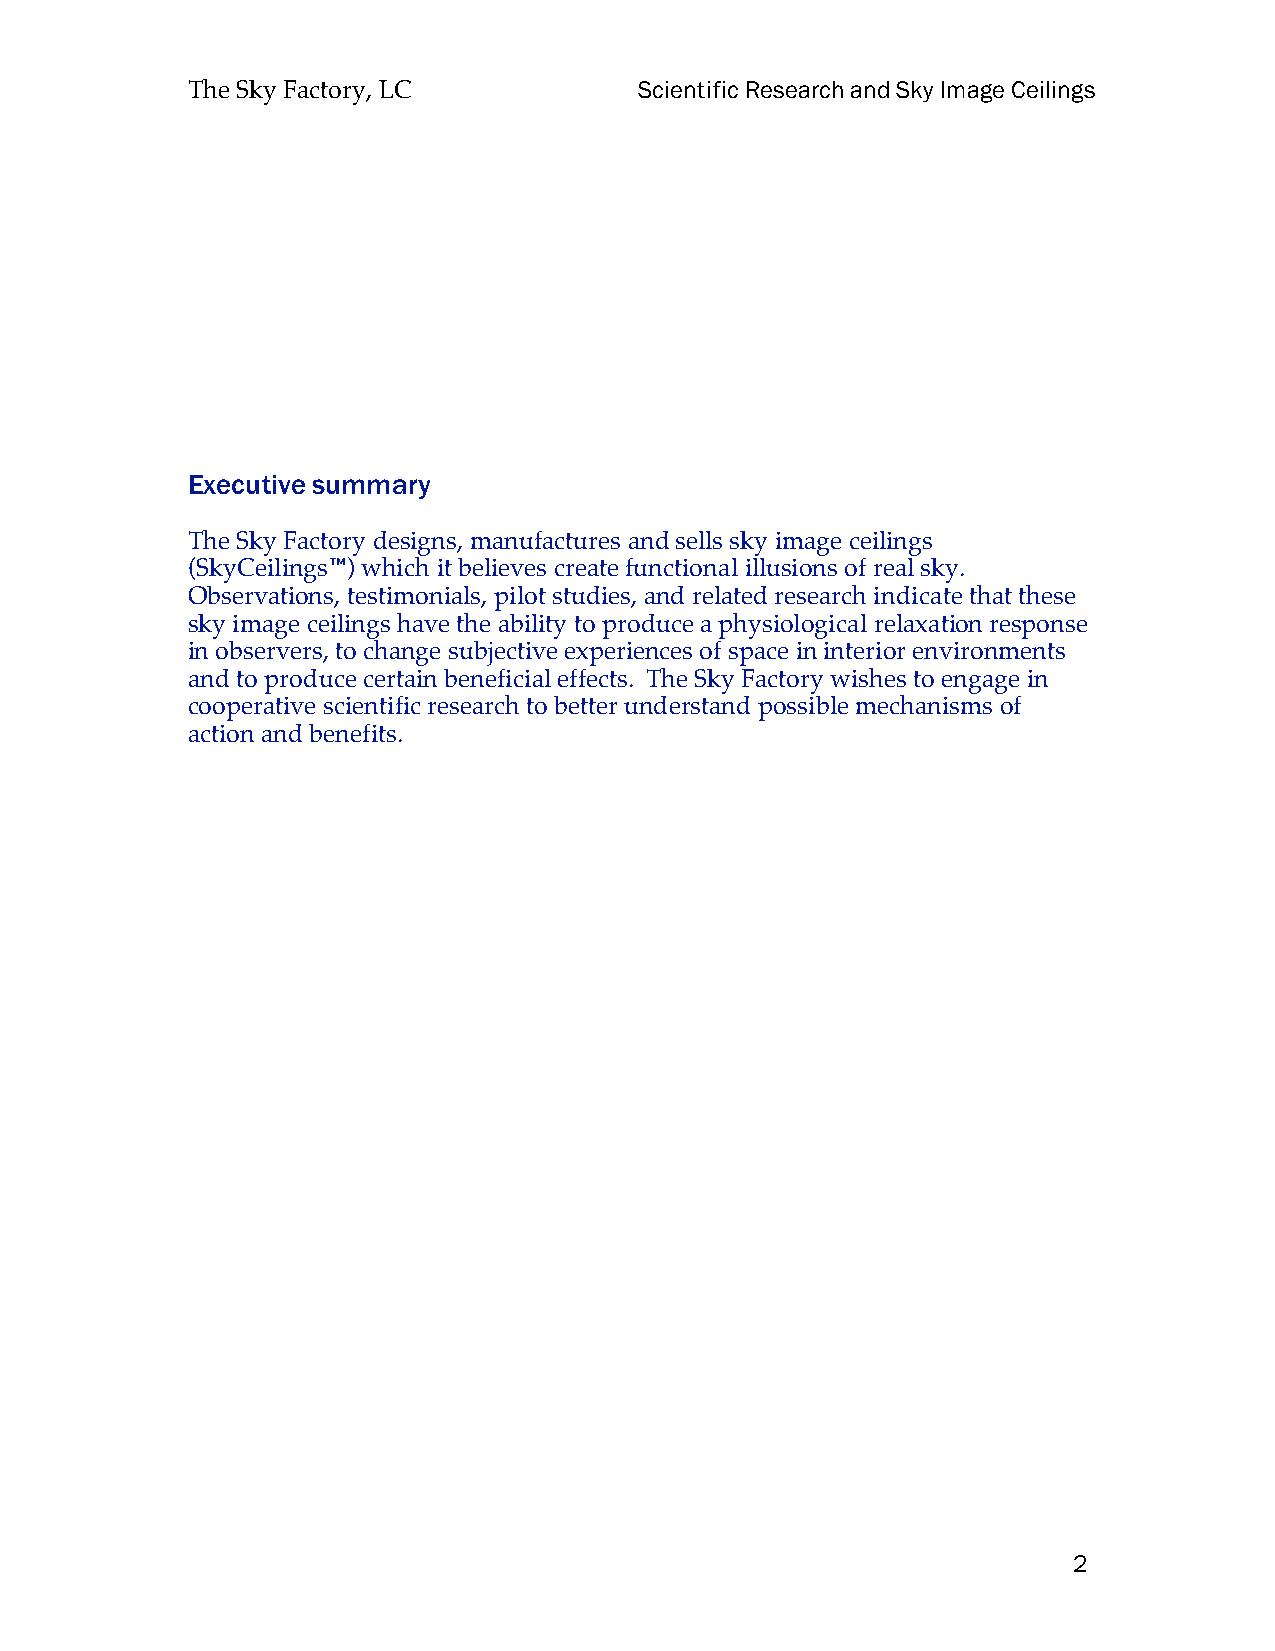
The Sky Factory, LC           Scientific Research and Sky Image Ceilings
 Executive summary
 The Sky Factory designs, manufactures and sells sky image ceilings
 (SkyCeilings™) which it believes create functional illusions of real sky.
 Observations, testimonials, pilot studies, and related research indicate that these
 sky image ceilings have the ability to produce a physiological relaxation response
 in observers, to change subjective experiences of space in interior environments
 and to produce certain beneficial effects. The Sky Factory wishes to engage in
 cooperative scientific research to better understand possible mechanisms of
 action and benefits.
 2